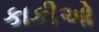
કાકીઓ